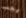
يجب